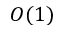
O ( 1 )